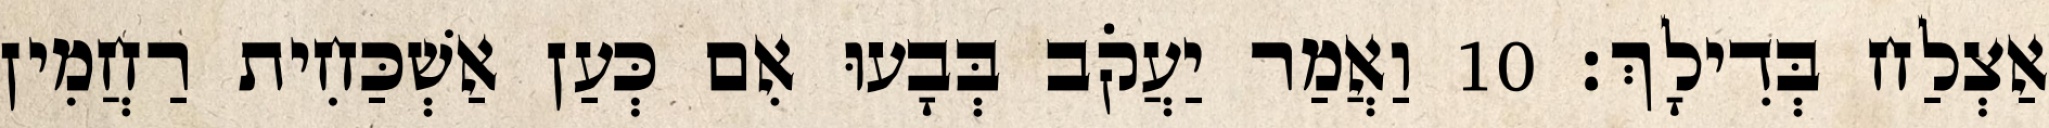
אַצְלַח בְּדִילָךְ׃ 10 וַאֲמַר יַעֲקֹב בְּבָעוּ אִם כְּעַן אַשְׁכַּחִית רַחֲמִין